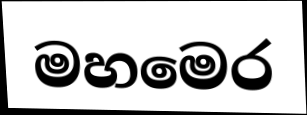
මහමෙර